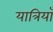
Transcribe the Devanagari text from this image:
यात्रियाँ